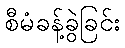
စီမံခန့်ခွဲခြင်း